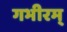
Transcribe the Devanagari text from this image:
गभीरम्